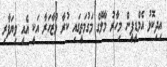
އިދިކޮޅު އެމްޑީޕީން މިހާރު މާލޭގެ މަގުމަތީގައި ކުރާ މުޒާހަރާ އަކީ އެއީ ވިޔަފާރި